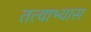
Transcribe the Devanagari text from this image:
तत्वाभ्यास